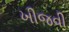
ખીજવી